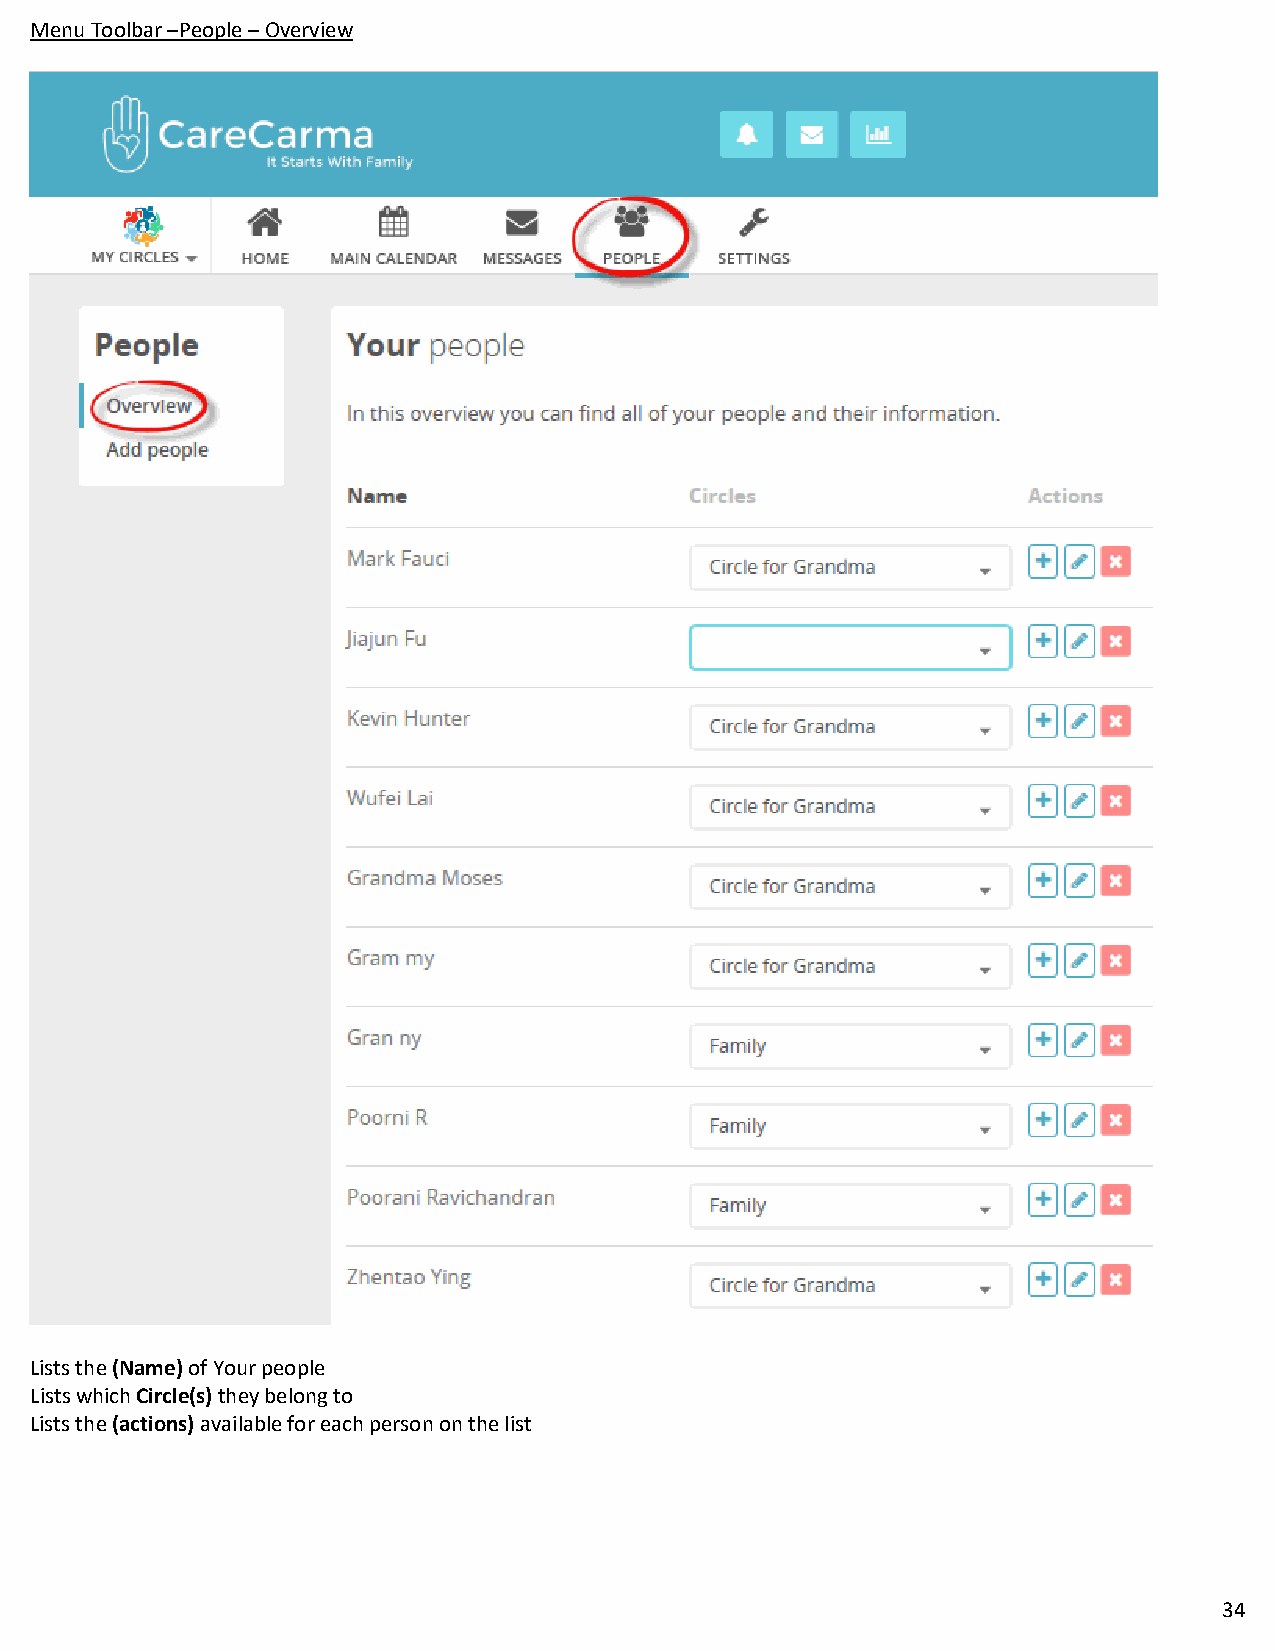
Menu Toolbar –People – Overview
 Lists the (Name) of Your people
 Lists which Circle(s) they belong to
 Lists the (actions) available for each person on the list
 34